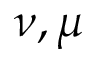
\nu , \mu